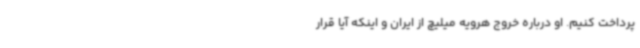
پرداخت کنیم. او درباره خروج هرویه میلیچ از ایران و اینکه آیا قرار